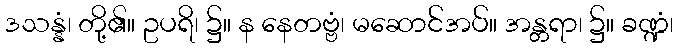
ဒသန္နံ၊ တို့၏။ ဥပရိ၊ ၌။ န နေတဗ္ဗံ၊ မဆောင်အပ်။ အန္တရာ၊ ၌။ ခဏ္ဍံ၊